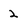
Character: 2